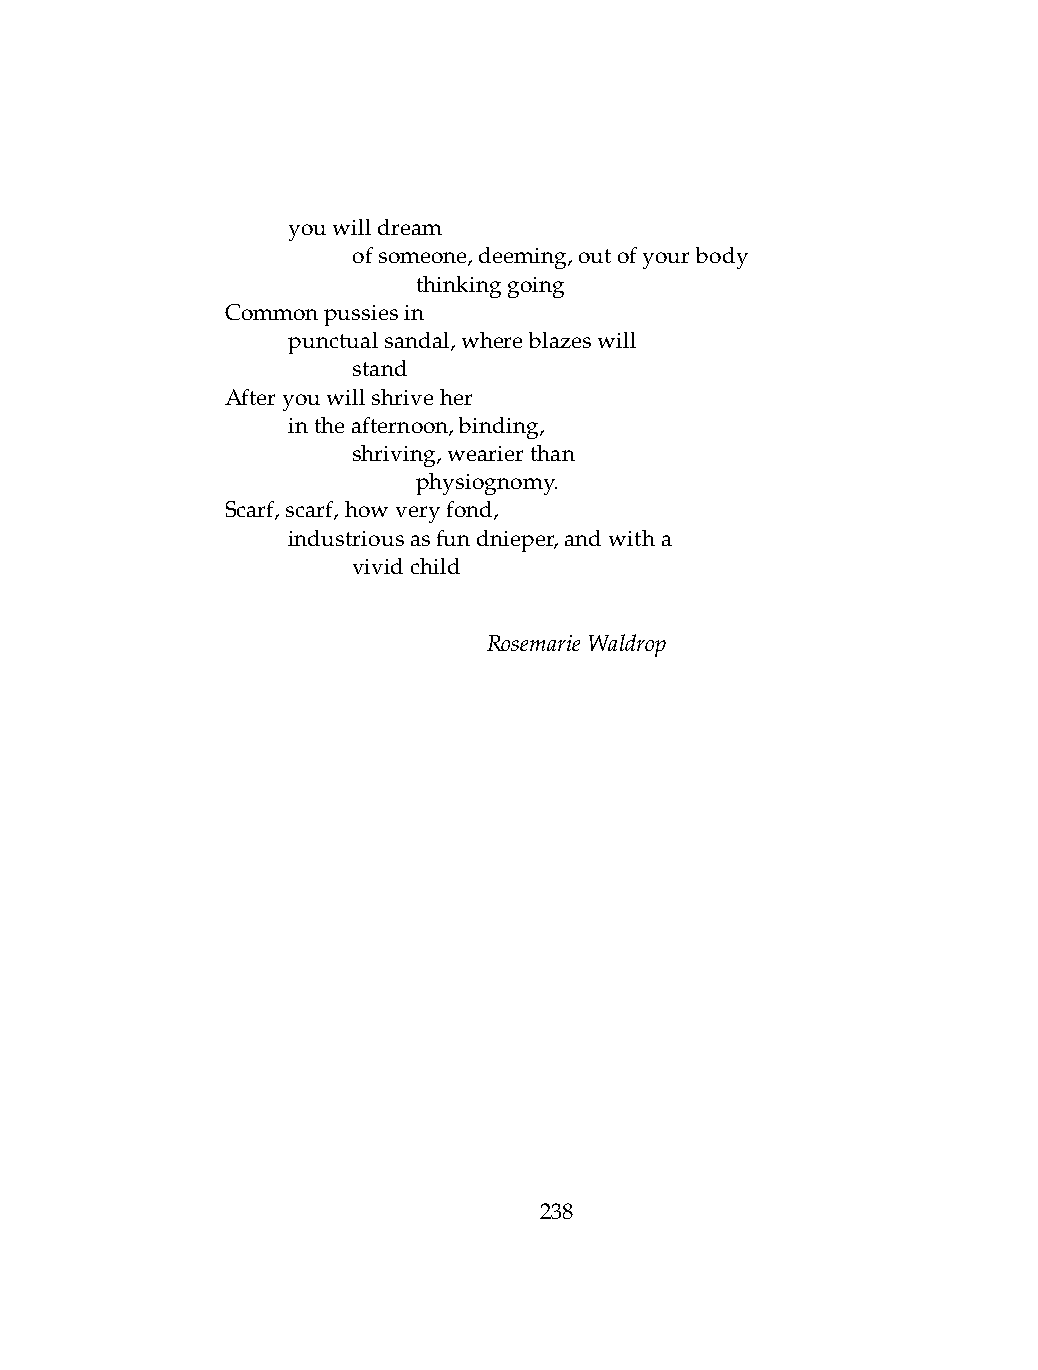
.   youwilldream
 .   .   ofsomeone,deeming,outofyourbody
 .   .   .    thinkinggoing
 Commonpussiesin
 .   punctualsandal,whereblazeswill
 .   .   stand
 Afteryouwillshriveher
 .   intheafternoon,binding,
 .   .   shriving,wearierthan
 .   .   .    physiognomy.
 Scarf,scarf,howveryfond,
 .   industriousasfundnieper,andwitha
 .   .   vividchild
 RosemarieWaldrop
 238